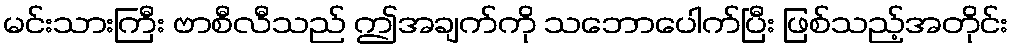
မင်းသားကြီး ဗာစီလီသည် ဤအချက်ကို သဘောပေါက်ပြီး ဖြစ်သည့်အတိုင်း